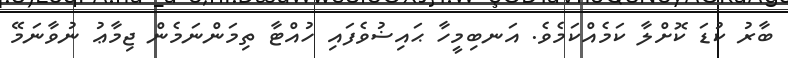
ބާރު ކުޑަ ކޮށްލާ ކަމެއްކަމެވެ. އަނބިމީހާ ޙައިޟުވެފައި ހުއްޓާ ތިމަންނަމެން ޖިމާޢު ނުވާނަމޭ